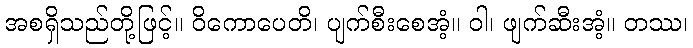
အစရှိသည်တို့ဖြင့်။ ဝိကောပေတိ၊ ပျက်စီးစေအံ့။ ဝါ၊ ဖျက်ဆီးအံ့။ တဿ၊